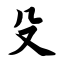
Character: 殳